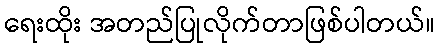
ရေးထိုး အတည်ပြုလိုက်တာဖြစ်ပါတယ်။